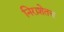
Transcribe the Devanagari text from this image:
निराशेतच